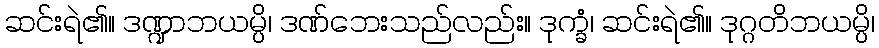
ဆင်းရဲ၏။ ဒဏ္ဍာဘယမ္ပိ၊ ဒဏ်ဘေးသည်လည်း။ ဒုက္ခံ၊ ဆင်းရဲ၏။ ဒုဂ္ဂတိဘယမ္ပိ၊